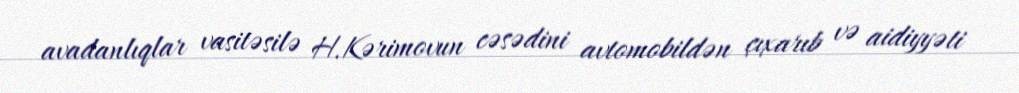
avadanlıqlar vasitəsilə H.Kərimovun cəsədini avtomobildən çıxarıb və aidiyyəti